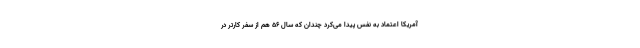
آمریکا اعتماد به نفس پیدا می‌کرد چندان که سال 56 هم از سفر کارتر در